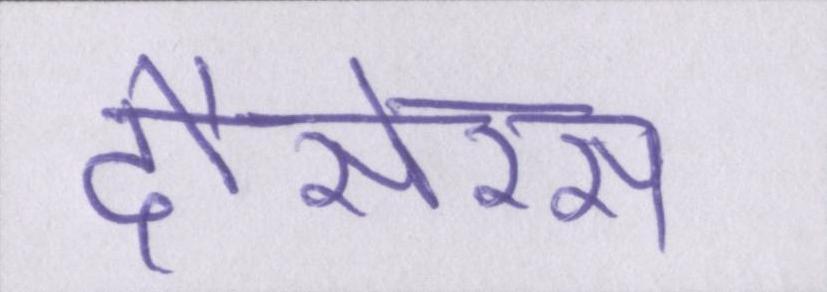
दौसेरस